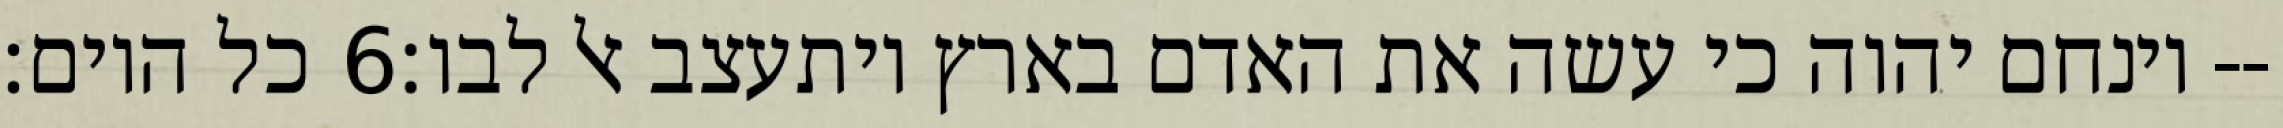
כל היום׃ ‎6‏ וינחם יהוה כי עשה את האדם בארץ ויתעצב אל לבו׃--